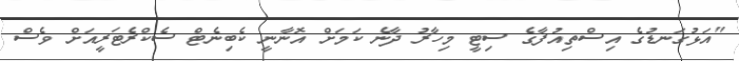
"އަޅުގަނޑުގެ އިސްތިއުފާގެ ސިޓީ މިހާރު ދާނެ ކަމަށް އޮނާނީ ކެބިނެޓް ސެކްރެޓަރީއަށް ވެސް